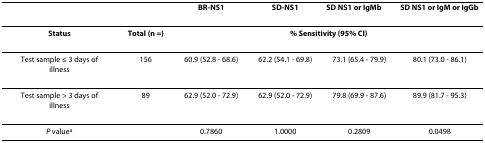
<table><thead><tr><td></td><td></td><td><b>BR-NS1</b></td><td><b>SD-NS1</b></td><td><b>SD NS1 or IgM<sup>b</sup></b></td><td><b>SD NS1 or IgM or IgG<sup>b</sup></b></td></tr></thead><tbody><tr><td><b>Status</b></td><td><b>Total (n =)</b></td><td colspan="4"><b>% Sensitivity (95% CI)</b></td></tr><tr><td>Test sample ≤ 3 days of illness</td><td>156</td><td>60.9 (52.8 - 68.6)</td><td>62.2 (54.1 - 69.8)</td><td>73.1 (65.4 - 79.9)</td><td>80.1 (73.0 - 86.1)</td></tr><tr><td>Test sample &gt; 3 days of illness</td><td>89</td><td>62.9 (52.0 - 72.9)</td><td>62.9 (52.0 - 72.9)</td><td>79.8 (69.9 - 87.6)</td><td>89.9 (81.7 - 95.3)</td></tr><tr><td><i>P </i>value<sup>a</sup></td><td></td><td>0.7860</td><td>1.0000</td><td>0.2809</td><td>0.0498</td></tr></tbody></table>